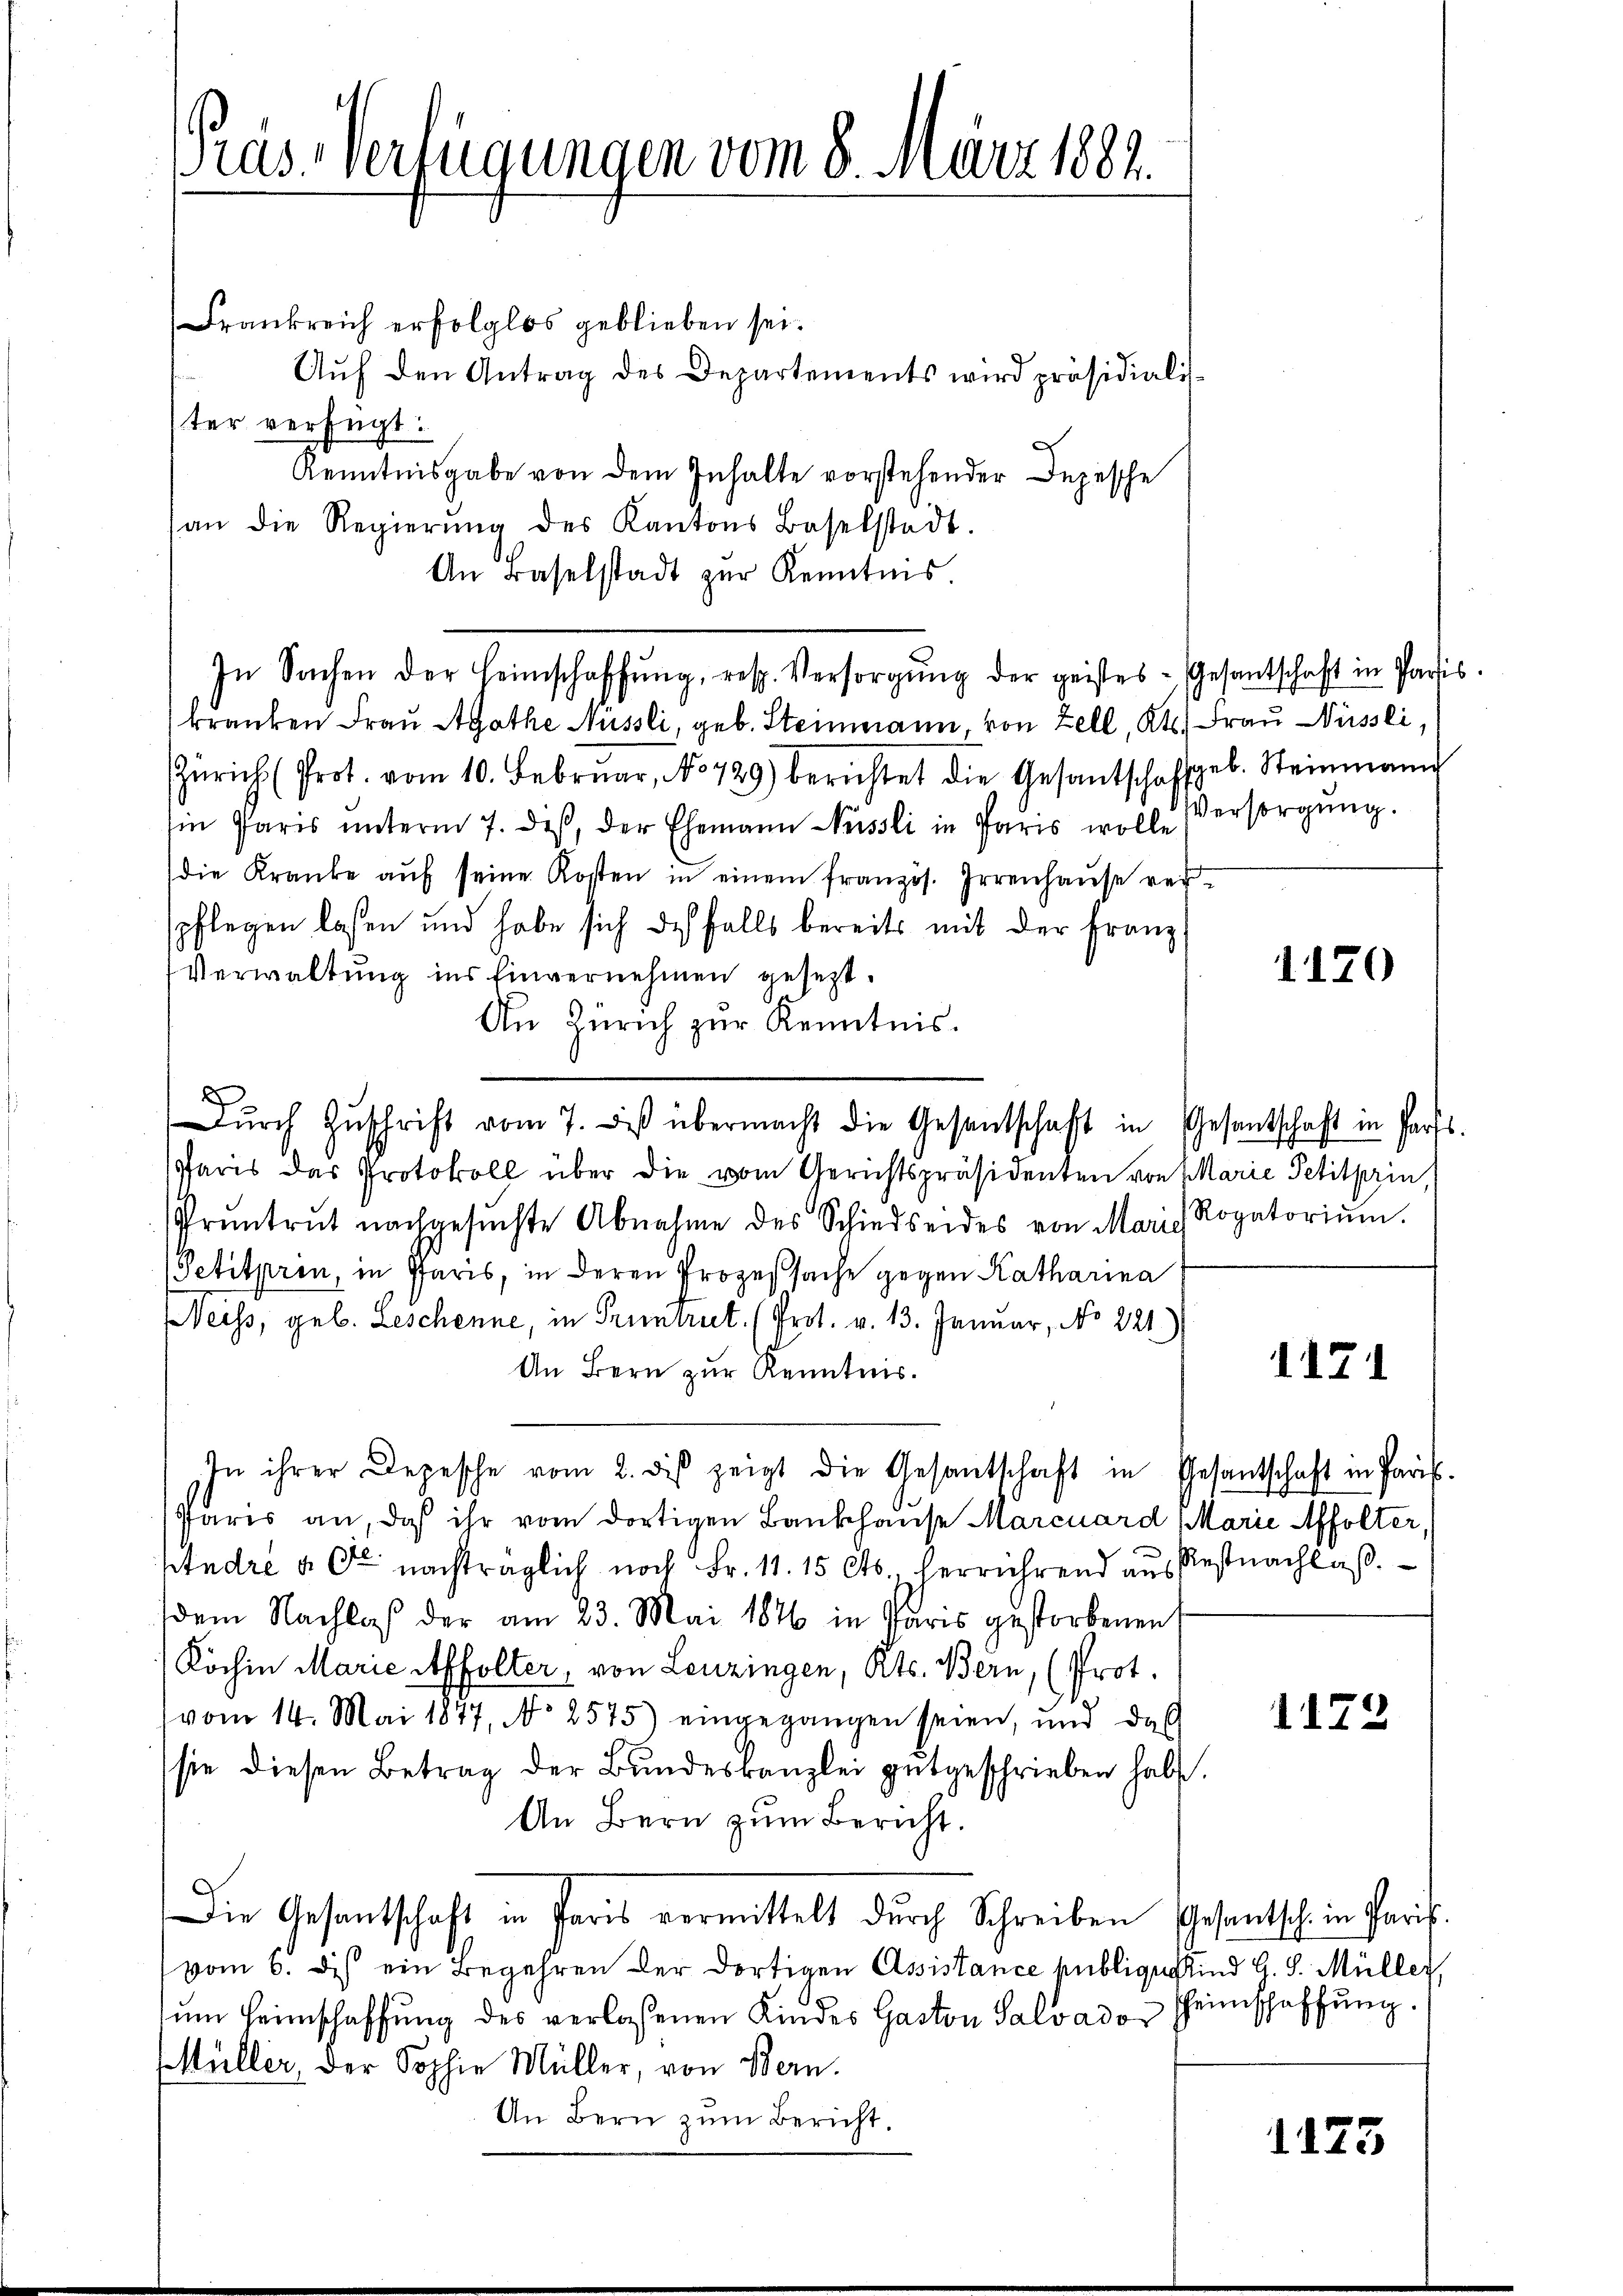
ras-Verfügungen vom 8. März 1884.

Frankreich erfolglos geblieben sei.
Aŭf den Antrag des Departements wird präsidialis-
ster verfügt:
Kenntnisgabe von dem Inhalte vorstehender Depesche
an die Regierŭng des Kantons Baselstadt.
An Baselstadt zŭr Kenntnis.
In Sachen der Heimschaffŭng, resp. Versorgŭng der geistes - Gesantschaft in Paris.
kranken Frau Agathe Nüssli, geb. Steinmann, von Zell, Kts. Frau Nüssli
Zürich (Prot. vom 10. Februar, No 729) berichtet die Gesantschaffgeb. Steinmann
in Paris ŭnterm 7. deβ, der Ehemann Nüssli in Paris wolle Versorgŭng.
die Kranke aŭf seine Kosten in einem französ. Irrenhaŭse ver
spflegen lassen und habe sich des falls bereits mit der Franz
Verwaltung ins Einvernehmen gesetzt.
An Zürich zur Kenntnis.
8
dŭrch Zŭschrift vom 7. des übermacht die Gesentschaft in Gesantschaft in Parts
Paris das Protokoll über die vom Gerichtspräsidenten von Marie Petitprin,
Prüntrŭt nachgesŭchte Abnahme des Schiedseides von Maris Rogatoriŭm.
Petitprin, in Paris, in deren Prozessache gegen Katharina
Neiss, geb. Geschenne, in Pruntreet. (Prot. v. 13. Januar, No 221)
An Bern zur Kenntnis.
In ihrer Depesche vom 2. dβ zeigt die Gesantschaft in Gesantschaft in Paris
Paris an, daß ihr vom dortigen Bankhause Marcuard Marie Affolter,
pfadre à ce nachträglich noch Fr. 11. 15 Cts. verrührend aus Restnachlaß.
sdem Nachlaß der am 23. Mai 1846 in Paris gestorbenen
(Köchin Marie Affolter, von Leuzingen, Kts. Bern, (Prot.
vom 14. Mai 1877, No 2575) eingegangen seien, und daß
sie diesen Betrag der Bundeskanzlei gutgeschrieben habe.
An Bern zum Bericht.
Die Gesantschaft in Paris vermittelt durch Schreiben Gesantsche in Paris.
vom 6. des ein Begehren der dortigen Assistance publige Kind G. S. Müller,
ŭm Heimschaffŭng des verlassenen Kindes Gaston Salvador Heimschaffung.
Müller, der Sophie Müller, von Bern.
An Bern zum Bericht.

1170

1171

1172

1125